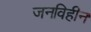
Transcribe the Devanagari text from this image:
जनविहीन